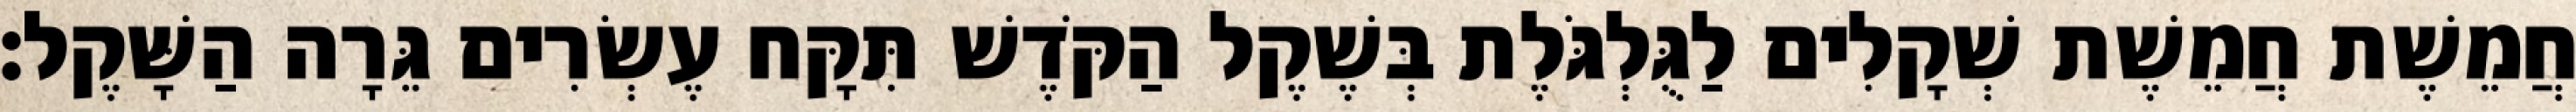
חֲמֵשֶׁת חֲמֵשֶׁת שְׁקָלִים לַגֻּלְגֹּלֶת בְּשֶׁקֶל הַקֹּדֶשׁ תִּקָּח עֶשְׂרִים גֵּרָה הַשָּׁקֶל׃